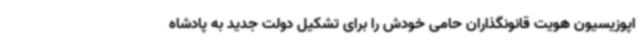
اپوزیسیون هویت قانونگذاران حامی خودش را برای تشکیل دولت جدید به پادشاه